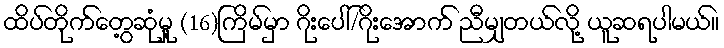
ထိပ်တိုက်တွေ့ဆုံမှု့ (16)ကြိမ်မှာ ဂိုးပေါ်/ဂိုးအောက် ညီမျှတယ်လို့ ယူဆရပါမယ်။